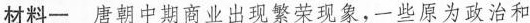
材料一唐朝中期商业出现繁荣现象，一些原为政治和